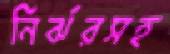
নির্ঝরসহ